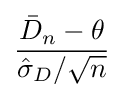
{\frac {{\bar {D}}_{n}-\theta }{{\hat {\sigma }}_{D}/{\sqrt {n}}}}